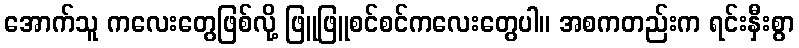
အောက်သူ ကလေးတွေဖြစ်လို့ ဖြူဖြူစင်စင်ကလေးတွေပါ။ အစကတည်းက ရင်းနှီးစွာ